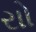
રાો